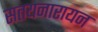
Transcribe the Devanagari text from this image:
सतयनारायन